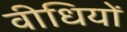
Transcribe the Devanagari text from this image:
वीधियों